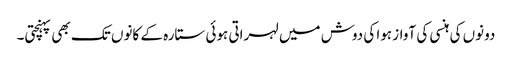
دونوں کی ہنسی کی آواز ہوا کی دوش میں لہراتی ہوئی ستارہ کے کانوں تک بھی پہنچتی۔